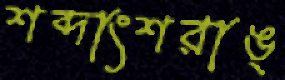
শব্দাংশরাঙ্